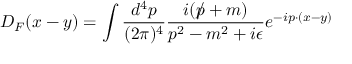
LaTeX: D _ { F } ( x - y ) = \int { \frac { d ^ { 4 } p } { ( 2 \pi ) ^ { 4 } } } { \frac { i ( { p \! \! \! / } + m ) } { p ^ { 2 } - m ^ { 2 } + i \epsilon } } e ^ { - i p \cdot ( x - y ) }